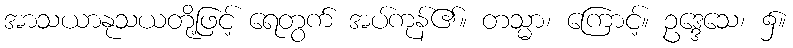
အာသယာနုသယတို့ဖြင့် ရေတွက် အပ်ကုန်၏။ တသ္မာ၊ ကြောင့်။ ဥဒ္ဒေသေ၊ ၌။